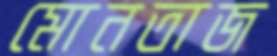
মোনতাজ